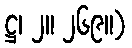
ဋ္ဌ၊ ၂။ ၂၆၉။)